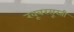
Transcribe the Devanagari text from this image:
खूबरसूरती